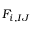
F _ { i , I J }